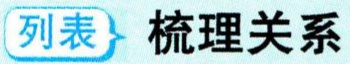
列表 梳理关系